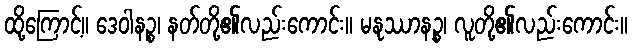
ထို့ကြောင့်။ ဒေဝါနဉ္စ၊ နတ်တို့၏လည်းကောင်း။ မနုဿာနဉ္စ၊ လူတို့၏လည်းကောင်း။